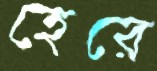
হেরে